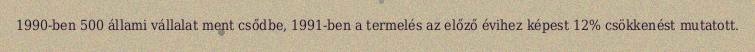
1990-ben 500 állami vállalat ment csődbe, 1991-ben a termelés az előző évihez képest 12% csökkenést mutatott.